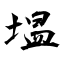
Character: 塭